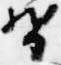
督